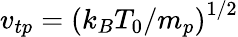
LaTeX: v_{tp}={(k_{B}T_{0}/m_{p})}^{1/2}